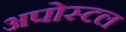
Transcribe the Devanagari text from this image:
अपोस्टल